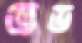
ভড